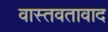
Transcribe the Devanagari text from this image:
वास्तवतावाद